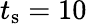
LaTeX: t_{\mathrm{s}}=10